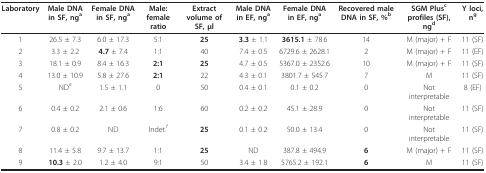
| Laboratory | Male DNA in SF, nga | Female DNA in SF, nga | Male:female ratio | Extract volume of SF, μl | Male DNA in EF, nga | Female DNA in EF, nga | Recovered male DNA in SF, %b | SGM Plusc profiles (SF), ngd | Y loci, ng |
 | --- | --- | --- | --- | --- | --- | --- | --- | --- | --- |
 | 1 | 26.5 ± 7.3 | 6.0 ± 17.3 | 5:1 | 25 | 3.3 ± 1.1 | 3615.1 ± 78.6 | 14 | M (major) + F | 11 (SF) |
 | 2 | 3.3 ± 2.2 | 4.7 ± 7.4 | 1:1 | 40 | 7.4 ± 0.5 | 6729.6 ± 2628.1 | 2 | M (major) + F | 11 (EF) |
 | 3 | 18.1 ± 0.9 | 8.4 ± 16.3 | 2:1 | 25 | 4.7 ± 0.5 | 5367.0 ± 2352.6 | 10 | M (major) + F | 11 (SF) |
 | 4 | 13.0 ± 10.9 | 5.8 ± 27.6 | 2:1 | 22 | 4.3 ± 0.1 | 3801.7 ± 545.7 | 7 | M | 11 (SF) |
 | 5 | NDe | 1.5 ± 1.1 | 0 | 50 | 0.4 ± 0.1 | 0.1 ± 0.2 | 0 | Not interpretable | 8 (EF) |
 | 6 | 0.4 ± 0.2 | 2.1 ± 0.6 | 1:6 | 60 | 0.2 ± 0.2 | 45.1 ± 28.9 | 0 | Not interpretable | 11 (SF) |
 | 7 | 0.8 ± 0.2 | ND | Indet.f | 25 | 0.1 ± 0.2 | 50.0 ± 13.4 | 0 | Not interpretable | 11 (SF) |
 | 8 | 11.4 ± 5.8 | 9.7 ± 13.7 | 1:1 | 25 | ND | 387.8 ± 494.9 | 6 | M (major) + F | 11 (SF) |
 | 9 | 10.3 ± 2.0 | 1.2 ± 4.0 | 9:1 | 50 | 3.4 ± 1.8 | 5765.2 ± 192.1 | 6 | M | 11 (SF) |